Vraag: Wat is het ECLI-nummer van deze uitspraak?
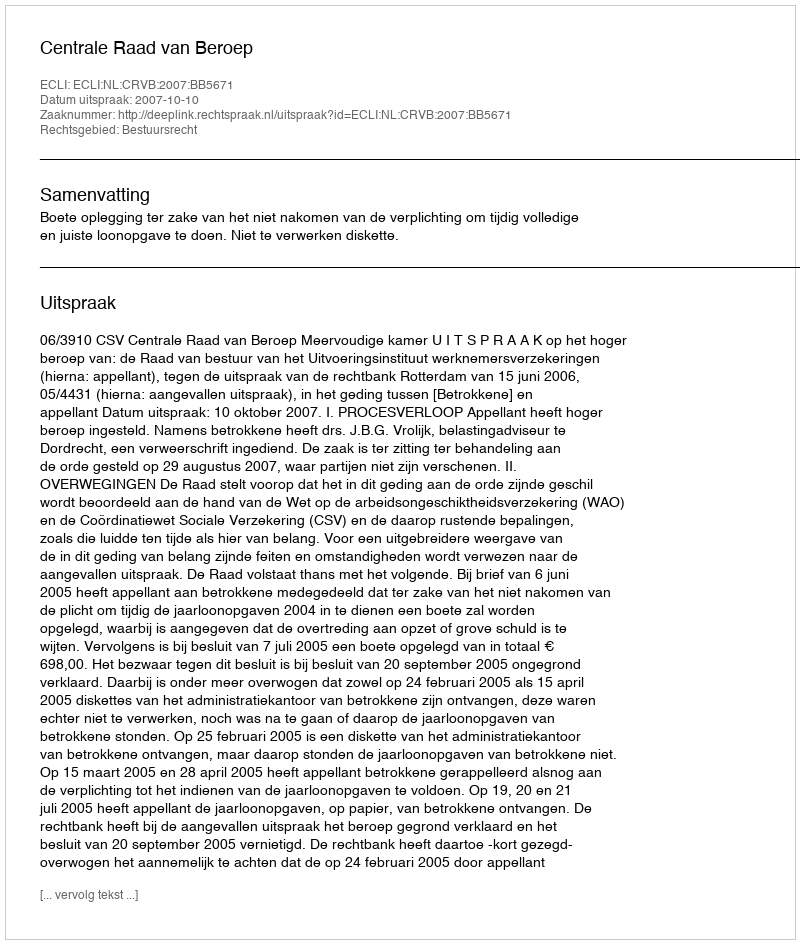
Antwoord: ECLI:NL:CRVB:2007:BB5671